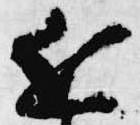
近